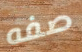
صفه